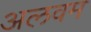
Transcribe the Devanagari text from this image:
अलवम